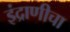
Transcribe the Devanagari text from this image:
इंद्राणीचा